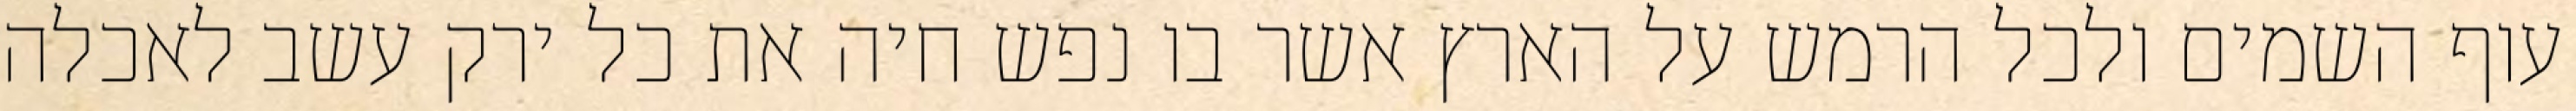
עוף השמים ולכל הרמש על הארץ אשר בו נפש חיה את כל ירק עשב לאכלה